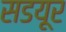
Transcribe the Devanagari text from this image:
सडयूर